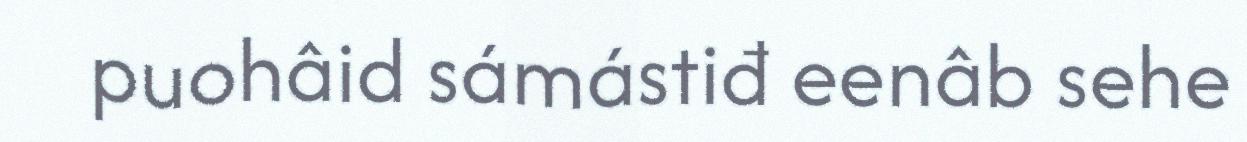
puohâid sámástiđ eenâb sehe